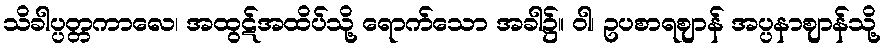
သိခါပ္ပတ္တကာလေ၊ အထွဋ်အထိပ်သို့ ရောက်သော အခါ၌။ ဝါ၊ ဥပစာရဈာန် အပ္ပနာဈာန်သို့